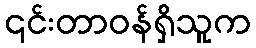
၎င်းတာဝန်ရှိသူက